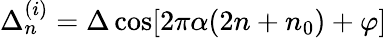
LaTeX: \Delta_{n}^{(i)}=\Delta\cos[2\pi\alpha(2n+n_{0})+\varphi]